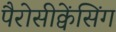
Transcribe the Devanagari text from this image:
पैरोसीक्वेंसिंग